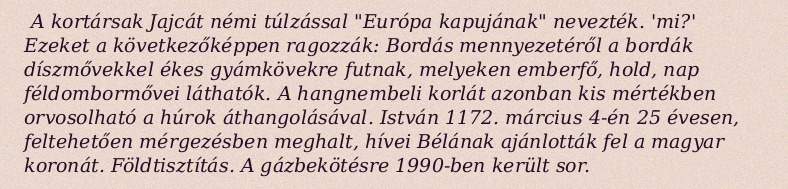
A kortársak Jajcát némi túlzással "Európa kapujának" nevezték. 'mi?' Ezeket a következőképpen ragozzák: Bordás mennyezetéről a bordák díszmővekkel ékes gyámkövekre futnak, melyeken emberfő, hold, nap féldombormővei láthatók. A hangnembeli korlát azonban kis mértékben orvosolható a húrok áthangolásával. István 1172. március 4-én 25 évesen, feltehetően mérgezésben meghalt, hívei Bélának ajánlották fel a magyar koronát. Földtisztítás. A gázbekötésre 1990-ben került sor.